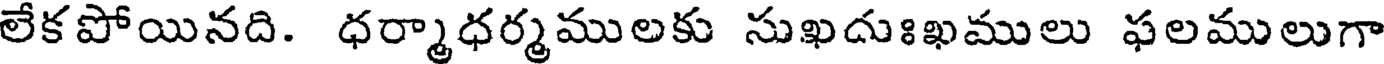
లేకపోయినది. ధర్మాధర్మములకు సుఖదుఃఖములు ఫలములుగా